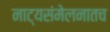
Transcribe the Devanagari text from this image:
नाट्यसंमेलनातच